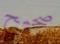
صحيح